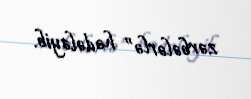
zərbələrlə” hədələyib.